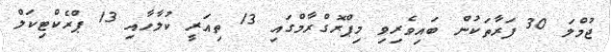
ޖުމްލަ 30 ފަރާތަކުން ބައިވެރިވި މިޕްރޮގްރާމްގައި 13 ތިއަރީ ކުލާހާއި 13 ޕްރެކްޓިކަލް